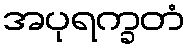
အပုရက္ခတံ